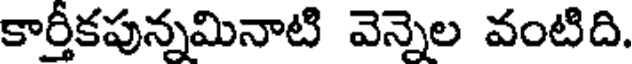
కార్తీకపున్నమినాటి వెన్నెల వంటిది.